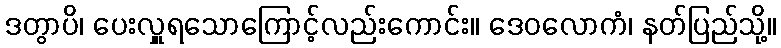
ဒတွာပိ၊ ပေးလှူရသောကြောင့်လည်းကောင်း။ ဒေဝလောကံ၊ နတ်ပြည်သို့။